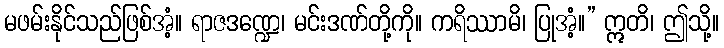
မဖမ်းနိုင်သည်ဖြစ်အံ့။ ရာဇဒဏ္ဍေ၊ မင်းဒဏ်တို့ကို။ ကရိဿာမိ၊ ပြုအံံ့။” ဣတိ၊ ဤသို့။